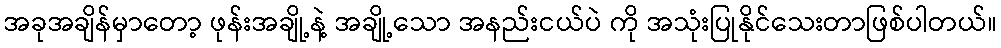
အခုအချိန်မှာတော့ ဖုန်းအချို့နဲ့ အချို့သော အနည်းငယ်ပဲ ကို အသုံးပြုနိုင်သေးတာဖြစ်ပါတယ်။